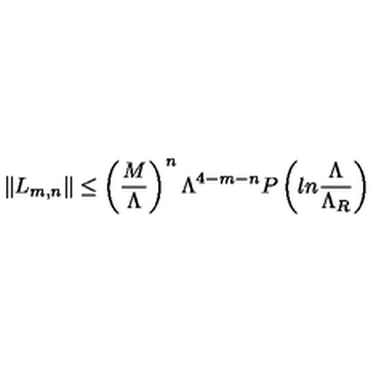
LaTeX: \| L _ { m , n } \| \leq \left( { \frac { M } { \Lambda } } \right) ^ { n } \Lambda ^ { 4 - m - n } P \left( l n { \frac { \Lambda } { \Lambda _ { R } } } \right)